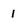
Character: 1